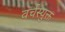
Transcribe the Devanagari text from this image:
वर्चस्युक्त